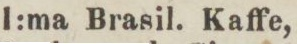
1:ma Brasil. Kaffe,